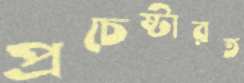
প্রচেষ্টারত